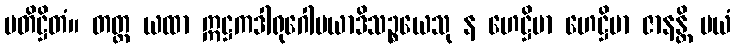
ပတိဋ္ဌိတံ။ တတ္ထ ယထာ ဣဋ္ဌကဒါရုဂေါမယာဒိသဉ္စယေသု န ဟေဋ္ဌိမာ ဟေဋ္ဌိမာ ဇာနန္တိ မယံ